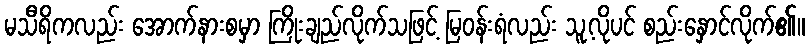
မသီရိကလည်း အောက်နားစမှာ ကြိုးချည်လိုက်သဖြင့် မြဝန်းရံလည်း သူ့လိုပင် စည်းနှောင်လိုက်၏။